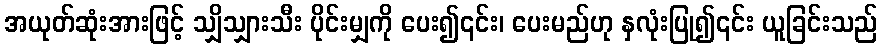
အယုတ်ဆုံးအားဖြင့် သျှိသျှားသီး ပိုင်းမျှကို ပေး၍၎င်း၊ ပေးမည်ဟု နှလုံးပြု၍၎င်း ယူခြင်းသည်